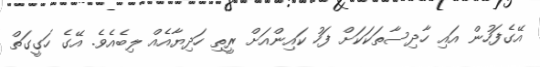
އޭގެފަހުން އައި ހާދިސާތަކަކަށް ފަހު ކައިންއަށް ރީތި ހަދިޔާއެއް ލިބެއެވެ. އޭގެ ހަގީގަތް